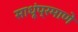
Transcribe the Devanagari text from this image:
साधूंप्रमाणे